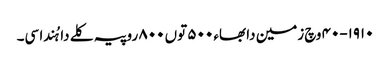
١٩١٠-٤٠ وچ زمین دا بھاء ٥٠٠ توں ٨٠٠ روپیہ کلے دا ہُندا سی۔